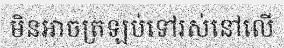
មិនអាចត្រឡប់ទៅរស់នៅលើ